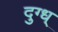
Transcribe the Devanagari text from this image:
दुग्ध्